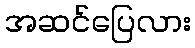
အဆင်ပြေလား